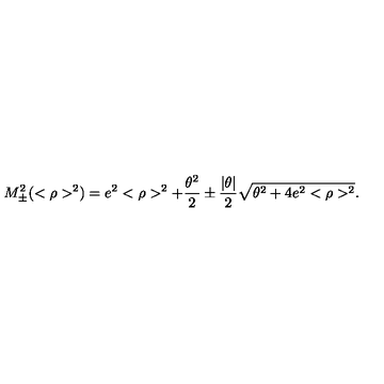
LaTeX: M _ { \pm } ^ { 2 } ( < \rho > ^ { 2 } ) = e ^ { 2 } < \rho > ^ { 2 } + \frac { \theta ^ { 2 } } { 2 } \pm \frac { | \theta | } { 2 } \sqrt { \theta ^ { 2 } + 4 e ^ { 2 } < \rho > ^ { 2 } } .